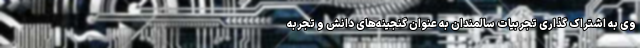
وی به اشتراک گذاری تجربیات سالمندان به عنوان گنجینه‌های دانش و تجربه